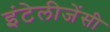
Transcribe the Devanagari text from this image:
इंटेलीजेंसी